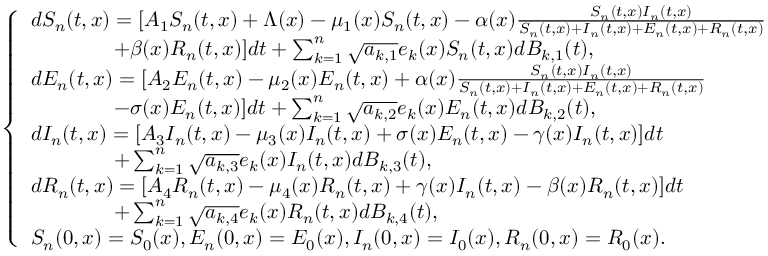
\left\{ \begin{array} { l l } { d S _ { n } ( t , x ) = [ A _ { 1 } S _ { n } ( t , x ) + \Lambda ( x ) - \mu _ { 1 } ( x ) S _ { n } ( t , x ) - \alpha ( x ) \frac { S _ { n } ( t , x ) I _ { n } ( t , x ) } { S _ { n } ( t , x ) + I _ { n } ( t , x ) + E _ { n } ( t , x ) + R _ { n } ( t , x ) } } \\ { \quad \quad \quad \quad + \beta ( x ) R _ { n } ( t , x ) ] d t + \sum _ { k = 1 } ^ { n } \sqrt { a _ { k , 1 } } e _ { k } ( x ) S _ { n } ( t , x ) d B _ { k , 1 } ( t ) , } \\ { d E _ { n } ( t , x ) = [ A _ { 2 } E _ { n } ( t , x ) - \mu _ { 2 } ( x ) E _ { n } ( t , x ) + \alpha ( x ) \frac { S _ { n } ( t , x ) I _ { n } ( t , x ) } { S _ { n } ( t , x ) + I _ { n } ( t , x ) + E _ { n } ( t , x ) + R _ { n } ( t , x ) } } \\ { \quad \quad \quad \quad - \sigma ( x ) E _ { n } ( t , x ) ] d t + \sum _ { k = 1 } ^ { n } \sqrt { a _ { k , 2 } } e _ { k } ( x ) E _ { n } ( t , x ) d B _ { k , 2 } ( t ) , } \\ { d I _ { n } ( t , x ) = [ A _ { 3 } I _ { n } ( t , x ) - \mu _ { 3 } ( x ) I _ { n } ( t , x ) + \sigma ( x ) E _ { n } ( t , x ) - \gamma ( x ) I _ { n } ( t , x ) ] d t } \\ { \quad \quad \quad \quad + \sum _ { k = 1 } ^ { n } \sqrt { a _ { k , 3 } } e _ { k } ( x ) I _ { n } ( t , x ) d B _ { k , 3 } ( t ) , } \\ { d R _ { n } ( t , x ) = [ A _ { 4 } R _ { n } ( t , x ) - \mu _ { 4 } ( x ) R _ { n } ( t , x ) + \gamma ( x ) I _ { n } ( t , x ) - \beta ( x ) R _ { n } ( t , x ) ] d t } \\ { \quad \quad \quad \quad + \sum _ { k = 1 } ^ { n } \sqrt { a _ { k , 4 } } e _ { k } ( x ) R _ { n } ( t , x ) d B _ { k , 4 } ( t ) , } \\ { S _ { n } ( 0 , x ) = S _ { 0 } ( x ) , E _ { n } ( 0 , x ) = E _ { 0 } ( x ) , I _ { n } ( 0 , x ) = I _ { 0 } ( x ) , R _ { n } ( 0 , x ) = R _ { 0 } ( x ) . } \end{array} \right.